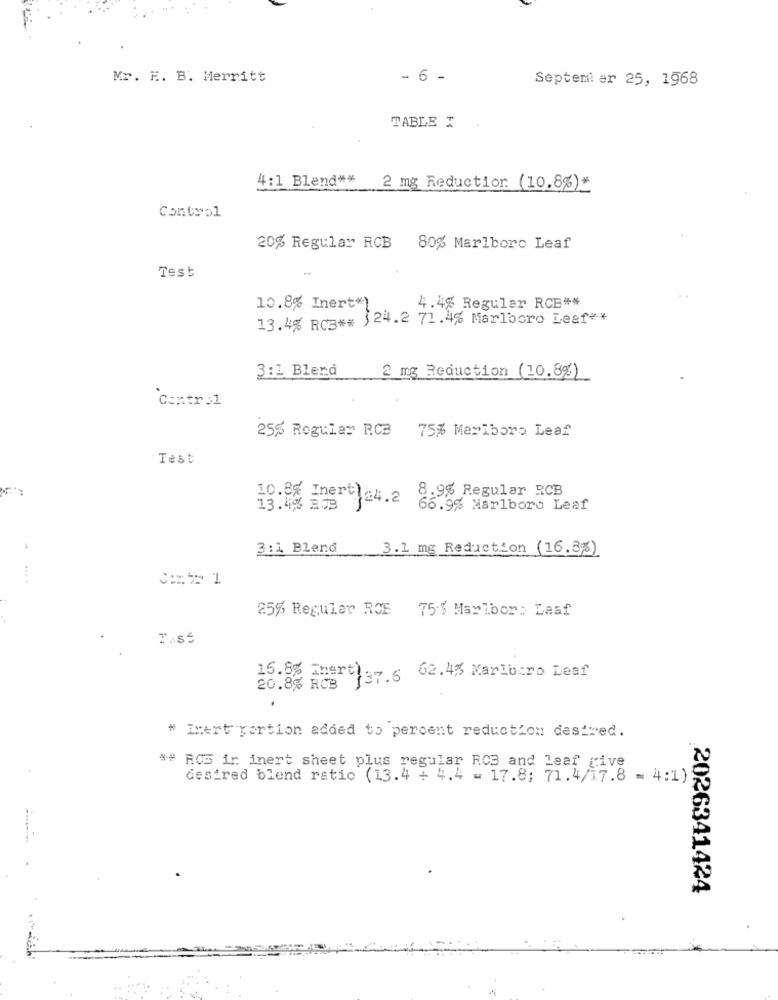
Mr. F. B. Merritt
- 6 -
Septemi er 25, 1968
TABLE I.
4:1 Blend **
2 mg Reduction (10.8%)*
Control
20% Regular RCB
80% Marlboro Leaf
Test
10.8% Inert*)
4.4% Regular RCB **
13.4% RCB## 124.2 71.4% Marlboro Leaf **
3:1 Blend
2 mg Reduction (10.8%)
`Centre1
25% Regular RCB
75% Marlboro Leaf
Test
10.8% Inert 24.2 8.9% Regular RCB
13.4% BOB
66.9% Marlboro Leaf
1
3:1 Blend
3.1 mg Reduction (16.3%)
....
=== 1
25% Regular ROE
75:5 Marlbor> Leaf
20.8% RCB 137.6 62.4% Marlboro Leaf
# Inert portion added to percent reduction desired.
## RCS ir inert sheet plus regular RC3 and leaf give
desired blend ratio (13.4 + 4.4 = 17.8; 71.4/17.8 = 4:1)
2026341424